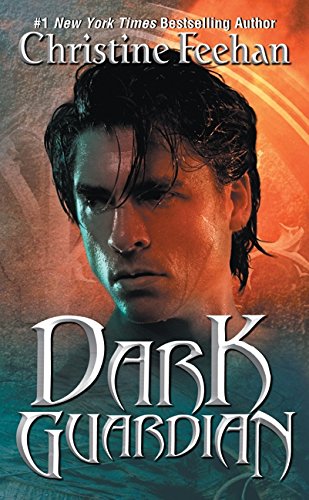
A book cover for Dark Guardian (Dark Series); Christine Feehan; Romance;